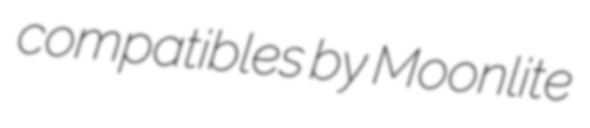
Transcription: compatibles by Moonlite